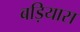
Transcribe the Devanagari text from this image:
बड़ियास